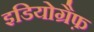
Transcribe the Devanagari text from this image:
इडियोग्रैफ़